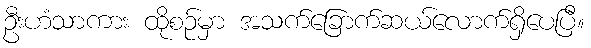
ဦးဟံသာကား ထိုစဉ်မှာ အသက်ခြောက်ဆယ်လောက်ရှိပေပြီ။